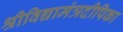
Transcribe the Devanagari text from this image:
श्रीविद्यामंत्रदीपिका